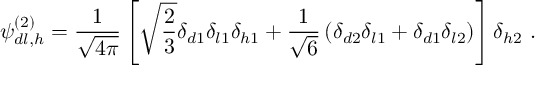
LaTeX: \psi _ { d l , h } ^ { ( 2 ) } = \frac { 1 } { \sqrt { 4 \pi } } \left[ \sqrt { \frac { 2 } { 3 } } \delta _ { d 1 } \delta _ { l 1 } \delta _ { h 1 } + \frac { 1 } { \sqrt { 6 } } \left( \delta _ { d 2 } \delta _ { l 1 } + \delta _ { d 1 } \delta _ { l 2 } \right) \right] \delta _ { h 2 } \ .